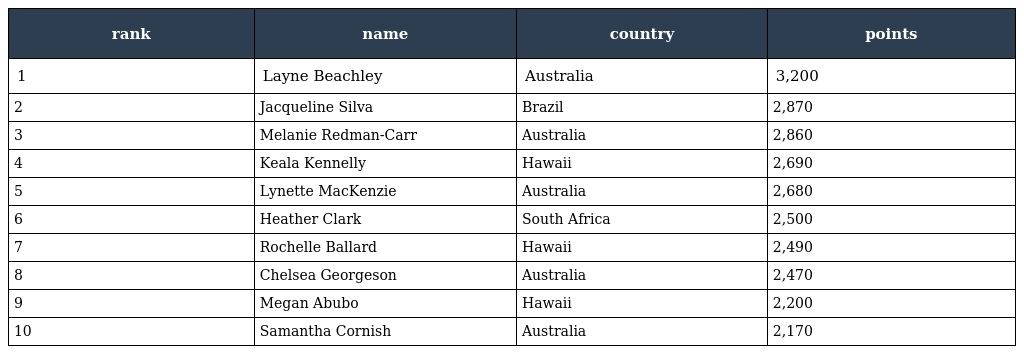
| rank | name | country | points |
 | --- | --- | --- | --- |
 | 1 | Layne Beachley | Australia | 3,200 |
 | 2 | Jacqueline Silva | Brazil | 2,870 |
 | 3 | Melanie Redman-Carr | Australia | 2,860 |
 | 4 | Keala Kennelly | Hawaii | 2,690 |
 | 5 | Lynette MacKenzie | Australia | 2,680 |
 | 6 | Heather Clark | South Africa | 2,500 |
 | 7 | Rochelle Ballard | Hawaii | 2,490 |
 | 8 | Chelsea Georgeson | Australia | 2,470 |
 | 9 | Megan Abubo | Hawaii | 2,200 |
 | 10 | Samantha Cornish | Australia | 2,170 |